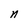
Character: n